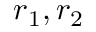
r _ { 1 } , r _ { 2 }